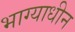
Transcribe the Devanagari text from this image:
भाग्याधीन